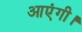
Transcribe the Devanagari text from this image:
आएंगी।